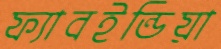
ফ্যাবইন্ডিয়া